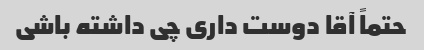
حتماً آقا دوست داری چی داشته باشی